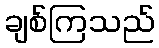
ချစ်ကြသည်